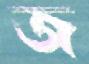
জ